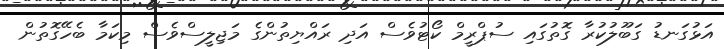
އަޅުގަނޑު ގަބޫލުކުރާ ގޮތުގައި ސުޕްރީމް ކޯޓުވެސް އަދި ރައްޔިތުންގެ މަޖިލީސްވެސް މިކަމާ ބެހޭގޮތުން